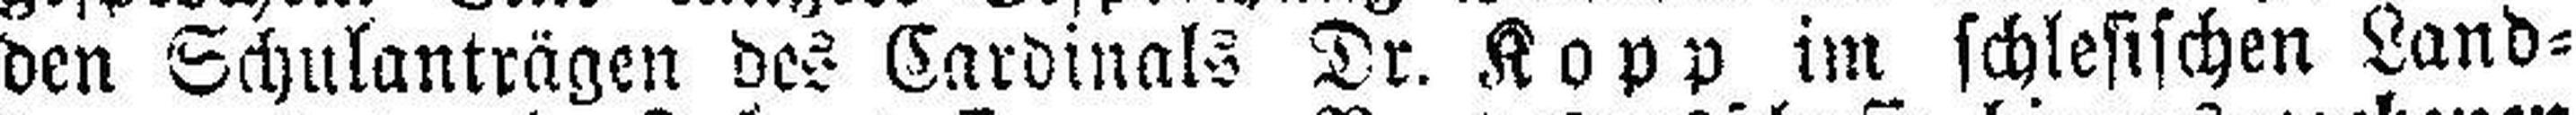
den Schulanträgen des Cardinals Dr. Kopp im schlesischen Land¬